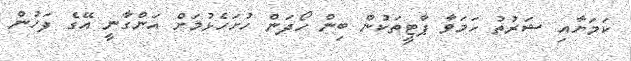
ކަމަށާއި ޝަރުތު ހަމަވާ ޕާޓީތަކުން ބިން ހޯދަން ހުށަހެޅުމަށް އަންގާނީ އޭގެ ފަހުން